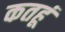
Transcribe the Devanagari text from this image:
कतहूं